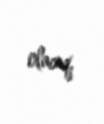
olacaq.